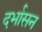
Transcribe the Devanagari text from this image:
दर्भासन